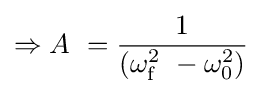
\Rightarrow A\ ={\frac {1}{(\omega _{\mathrm {f} }^{2}\ -\omega _{0}^{2})}}